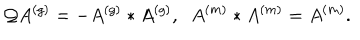
\mathcal { Q } A ^ { \left( g \right) } = - A ^ { \left( g \right) } \ast A ^ { \left( g \right) } , \; \; A ^ { \left( m \right) } \ast A ^ { \left( m \right) } = A ^ { \left( m \right) } .